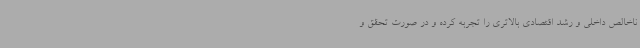
ناخالص داخلی و رشد اقتصادی بالاتری را تجربه کرده و در صورت تحقق و